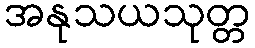
အနုသယသုတ္တ